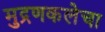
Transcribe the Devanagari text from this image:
मुद्रणकलेचा